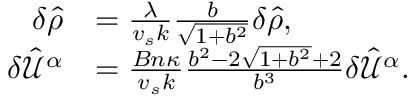
\begin{array} { r l } { \delta \hat { \rho } } & { = \frac { \lambda } { v _ { s } k } \frac { b } { \sqrt { 1 + b ^ { 2 } } } \delta \hat { \rho } , } \\ { \delta \hat { \mathcal { U } } ^ { \alpha } } & { = \frac { B n \kappa } { v _ { s } k } \frac { b ^ { 2 } - 2 \sqrt { 1 + b ^ { 2 } } + 2 } { b ^ { 3 } } \delta \hat { \mathcal { U } } ^ { \alpha } . } \end{array}